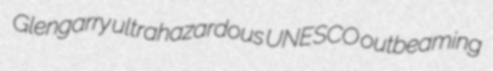
Glengarry ultrahazardous UNESCO outbeaming